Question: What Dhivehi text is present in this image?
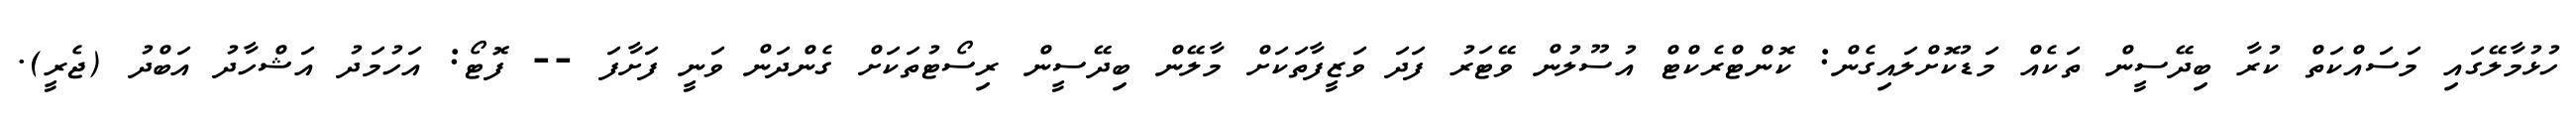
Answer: ހުޅުމާލޭގައި މަސައްކަތް ކުރާ ބިދޭސީން ތަކެއް މަޑުކޮށްލައިގެން: ކޮންޓްރެކްޓް އުސޫލުން ވޭޓަރު ފަދަ ވަޒީފާތަކަށް މާލޭން ބިދޭސީން ރިސޯޓުތަކަށް ގެންދަން ވަނީ ފަށާފަ -- ފޮޓޯ: އަހުމަދު އަޝްހާދު އަބްދު (ޖެރީ).